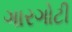
ગારગોટી